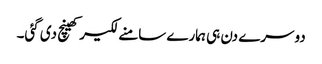
دوسرے دن ہی ہمارے سامنے لکیر کھینچ دی گئی۔